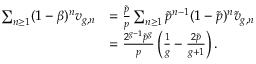
\begin{array} { r l } { \sum _ { n \geq 1 } ( 1 - \beta ) ^ { n } v _ { g , n } } & { = \frac { \tilde { p } } { p } \sum _ { n \geq 1 } \tilde { p } ^ { n - 1 } ( 1 - \tilde { p } ) ^ { n } \tilde { v } _ { g , n } } \\ & { = \frac { 2 ^ { g - 1 } \tilde { p } ^ { g } } { p } \left( \frac { 1 } { g } - \frac { 2 \tilde { p } } { g + 1 } \right) . } \end{array}